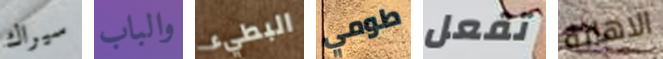
سيراك والباب البطيء طومي تفعل الاهانة